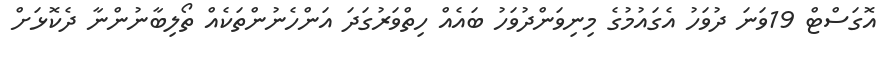
އޮގަސްޓް 19ވަނަ ދުވަހު އެގައުމުގެ މިނިވަންދުވަހު ބައެއް ހިތްވަރުގަދަ އަންހެނުންތަކެއް ތޯލިބާނުންނާ ދެކޮޅަށް